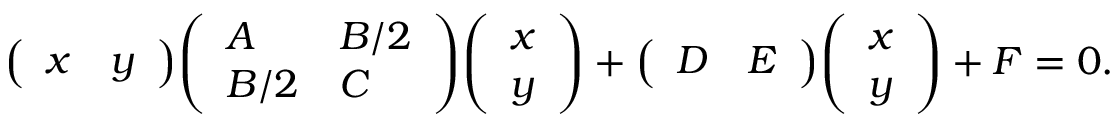
{ \left( \begin{array} { l l } { x } & { y } \end{array} \right) } { \left( \begin{array} { l l } { A } & { B / 2 } \\ { B / 2 } & { C } \end{array} \right) } { \left( \begin{array} { l } { x } \\ { y } \end{array} \right) } + { \left( \begin{array} { l l } { D } & { E } \end{array} \right) } { \left( \begin{array} { l } { x } \\ { y } \end{array} \right) } + F = 0 .